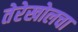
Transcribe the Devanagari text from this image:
तेरेखोलचा